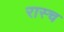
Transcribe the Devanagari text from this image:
रास्च